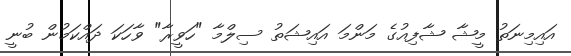
އައިމިނަތު މީޝާ ޝާފިއުގެ މަންމަ އައިޝަތު ސިލްމާ "ހަވީރާ" ވާހަކަ ދައްކަމުން ބުނީ